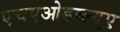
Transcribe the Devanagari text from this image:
एचएओडब्ल्यूए